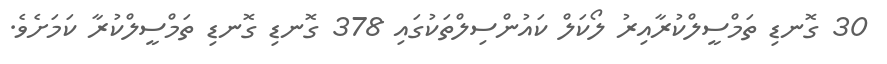
30 ގޮނޑި ތަމްސީލްކުރާއިރު ލޯކަލް ކައުންސިލްތަކުގައި 378 ގޮނޑި ގޮނޑި ތަމްސީލްކުރާ ކަމަށެވެ.